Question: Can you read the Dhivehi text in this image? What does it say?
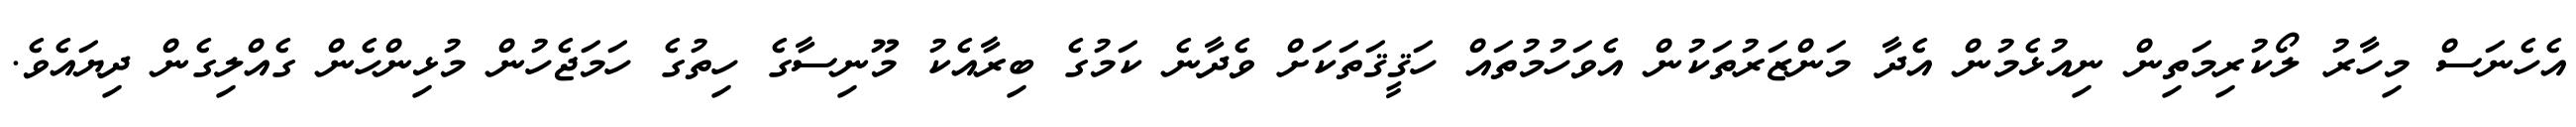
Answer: އެހެނަސް މިހާރު ލޯކުރިމަތިން ނިއުޅެމުން އެދާ މަންޒަރުތަކުން އެވަހުމުތައް ހަޤީޤަތަކަށް ވެދާނެ ކަމުގެ ބިރާއެކު މޫނިސާގެ ހިތުގެ ހަމަޖެހުން މުޅިންހެން ގެއްލިގެން ދިޔައެވެ.